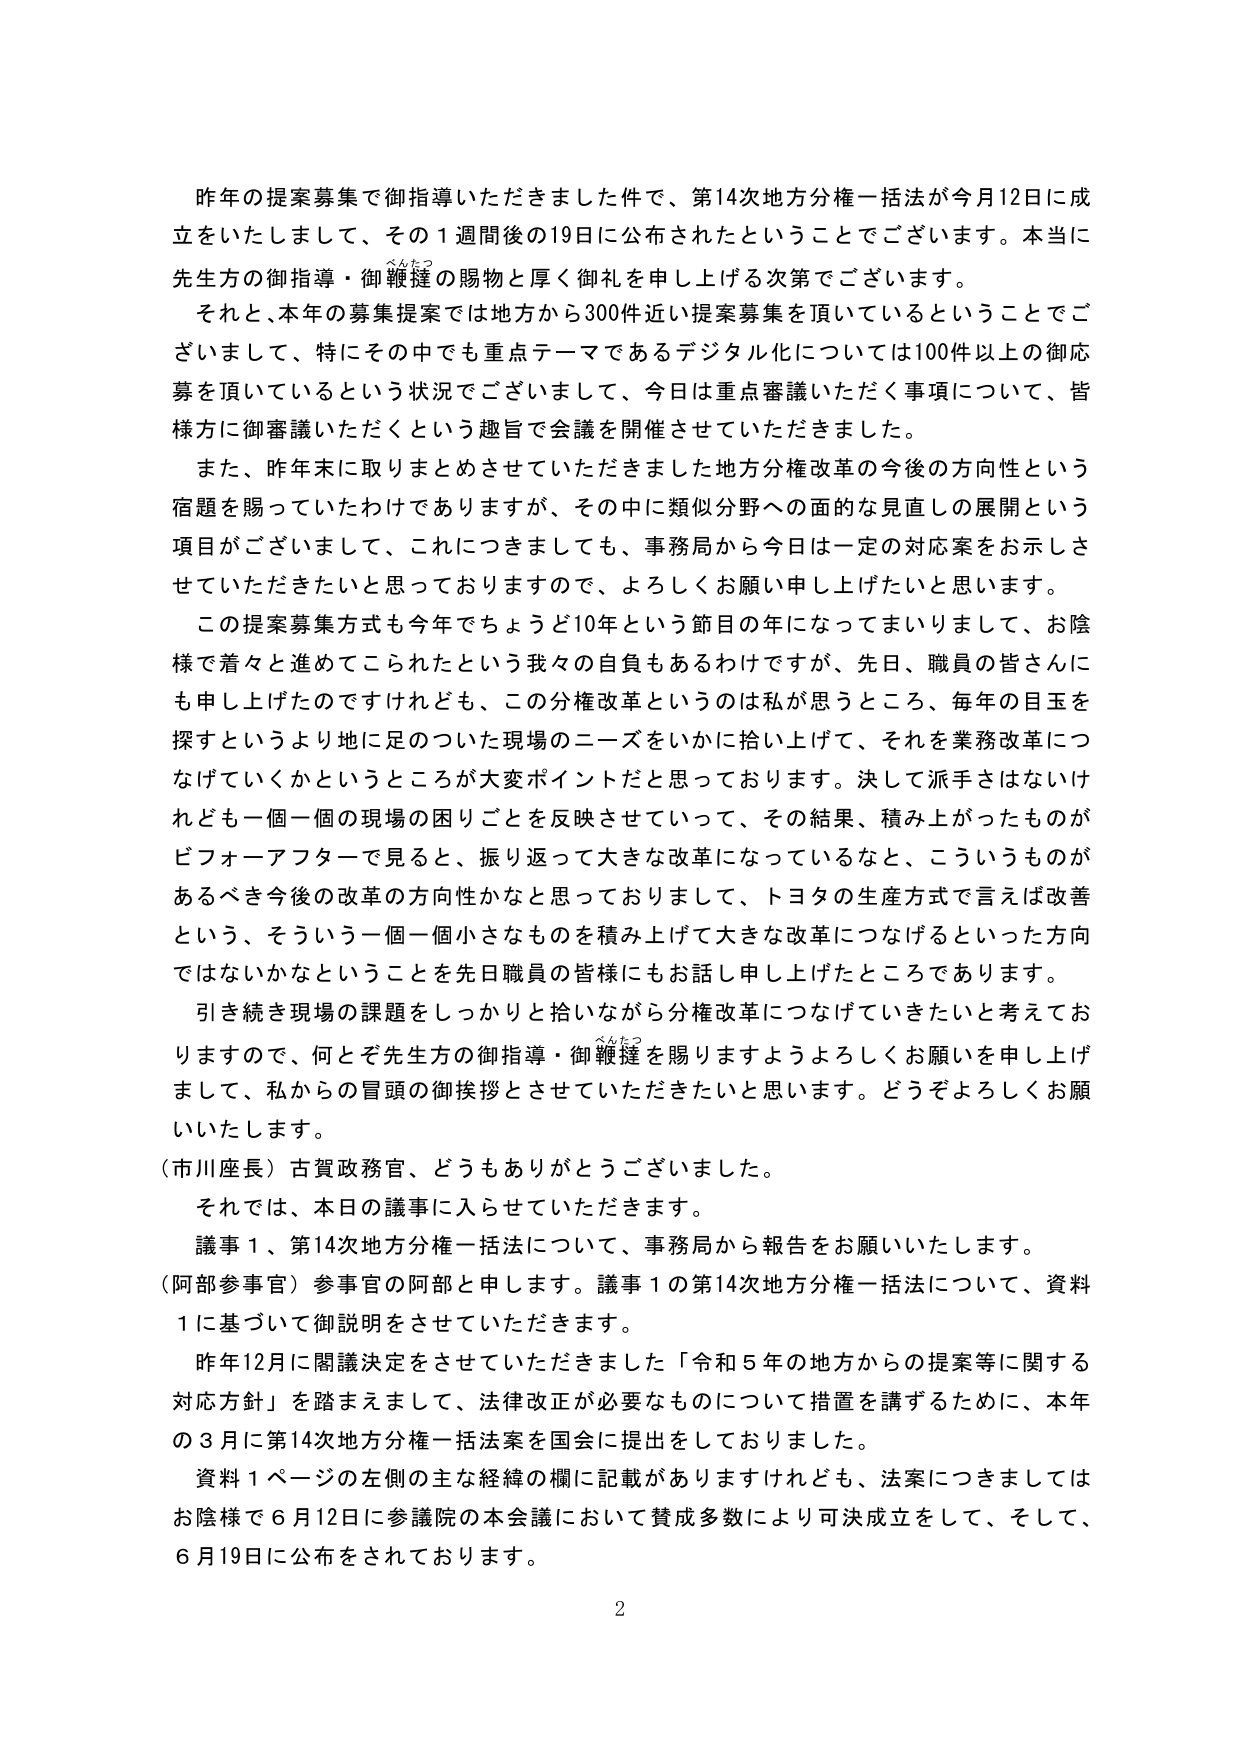
昨年の提案募集で御指導いただきました件で、第14次地方分権一括法が今月12日に成立をいたしまして、その1週間後の19日に公布されたということでございます。本当に先生方の御指導・御鞭撻の賜物と厚く御礼を申し上げる次第でございます。

それと、本年の募集提案では地方から300件近い提案募集を頂いているということでございますし、特にその中でも重点テーマであるデジタル化については100件以上の御応募を頂いているという状況でございまして、今日は重点審議いただく事項について、皆様方に御審議いただくという趣旨で会議を開催させていただきました。

また、昨年末に取りまとめさせていただきました地方分権改革の今後の方向性という宿題を賜っていたわけでありますが、その中に類似分野への面的な見直しの展開という項目がございまして、これにつきましても、事務局から今日は一定の対応案をお示しさせていただきたいと思っておりますので、よろしくお願い申し上げたいと思います。

この提案募集方式も今年でちょうど10年という節目の年になってまいりまして、お陰様で着々と進めてこられたという我々の自負もあるわけですが、先日、職員の皆さんにも申し上げたのですけれども、この分権改革というのは私が思うところ、毎年の目玉を探すというより地に足のついた現場のニーズをいかに拾い上げて、それを業務改革につなげていくかというところが大変ポイントだと思っております。決して派手さはないけれども一個一個の現場の困りごとを反映させていって、その結果、積み上がったものがピフォーアフターで見ると、振り返って大きな改革になっているなと、こういうものがあるべき今後の改革の方向性かなと思っておりまして、トヨタの生産方式で言えば改善という、そういう一個一個小さなものを積み上げて大きな改革につなげるといった方向ではないかなということを先日職員の皆様にもお話し申し上げたところであります。

引き続き現場の課題をしっかりと拾いながら分権改革につなげていきたいと考えておりますので、何とぞ先生方の御指導・御鞭撻を賜りますようよろしくお願いを申し上げまして、私からの冒頭の御挨拶とさせていただきたいと思います。どうぞよろしくお願いいたします。

（市川座長）古賀政務官、どうもありがとうございました。

それでは、本日の議事に入らせていただきます。

議事１、第14次地方分権一括法について、事務局から報告をお願いいたします。

（阿部参事官）参事官の阿部と申します。議事１の第14次地方分権一括法について、資料１に基づいて御説明をさせていただきます。

昨年12月に閣議決定をさせていただきました「令和５年の地方からの提案等に関する対応方針」を踏まえまして、法律改正が必要なものについて措置を講ずるために、本年の3月に第14次地方分権一括法案を国会に提出をしておりました。

資料１ページの左側の主な経緯の欄に記載がありますけれども、法案につきましてはお陰様で6月12日に参議院の本会議において賛成多数により可決成立をして、そして、6月19日に公布をされております。

2